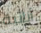
أنانية